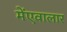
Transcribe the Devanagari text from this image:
मेंएवालार